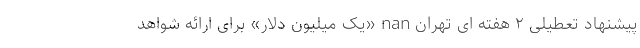
پیشنهاد تعطیلی ۲ هفته ای تهران nan «یک میلیون دلار» برای ارائه شواهد